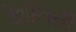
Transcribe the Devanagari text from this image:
रेशोंवाली